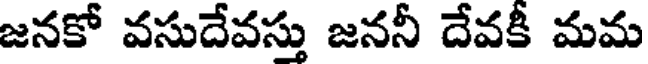
జనకో వసుదేవస్తు జననీ దేవకీ మమ